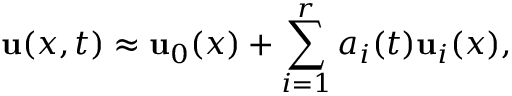
{ \mathbf { u } } ( x , t ) \approx { \mathbf { u } } _ { 0 } ( x ) + \sum _ { i = 1 } ^ { r } a _ { i } ( t ) { \mathbf { u } } _ { i } ( x ) ,